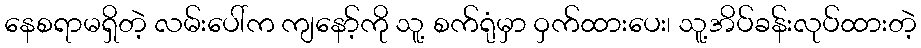
နေစရာမရှိတဲ့ လမ်းပေါ်က ကျနော့်ကို သူ့ စက်ရုံမှာ ဝှက်ထားပေး၊ သူ့အိပ်ခန်းလုပ်ထားတဲ့